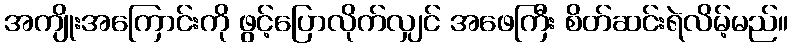
အကျိုးအကြောင်းကို ဖွင့်ပြောလိုက်လျှင် အဖေကြီး စိတ်ဆင်းရဲလိမ့်မည်။